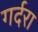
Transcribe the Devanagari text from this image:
गर्दरा